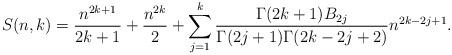
LaTeX: \begin{align*}S(n,k) = \frac{n^{2k+1}}{2k+1} + \frac{n^{2k}}{2} + \sum_{j=1}^{k}\frac{\Gamma(2k+1) B_{2j}}{\Gamma(2j+1) \Gamma(2k-2j+2)}n^{2k-2j+1}.\end{align*}